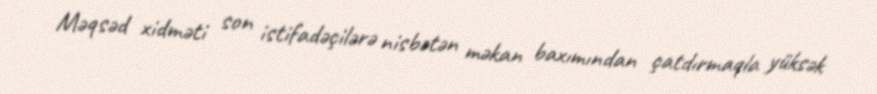
Məqsəd xidməti son istifadəçilərə nisbətən məkan baxımından çatdırmaqla yüksək